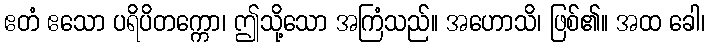
ဧတံ ဧသော ပရိပိတက္ကော၊ ဤသို့သော အကြံသည်။ အဟောသိ၊ ဖြစ်၏။ အထ ခေါ၊